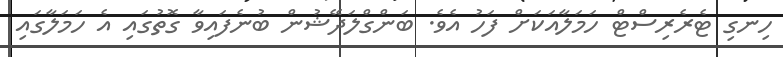
ހިނގި ޓެރެރިސްޓް ހަމަލާއަކަށް ފަހު އެވެ. ބަންގްލަދޭޝުން ބުނެފައިވާ ގޮތުގައި އެ ހަމަލާގައި